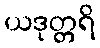
ယဒုတ္တရိ